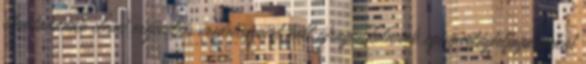
elemtanának elemi erejével és eredetiségével kell újragondolnunk egész világfelfogásunkat